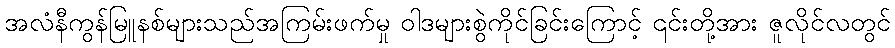
အလံနီကွန်မြူနစ်များသည်အကြမ်းဖက်မှု ဝါဒများစွဲကိုင်ခြင်းကြောင့် ၎င်းတို့အား ဇူလိုင်လတွင်